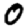
Digit: 0